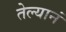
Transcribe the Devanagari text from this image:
तेल्यानं